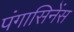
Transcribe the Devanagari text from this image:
पंगासिनेंस